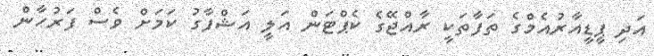
އަދި ޕީޑީއާރުއެމްގެ ތަފާތަކީ ރާއްޖޭގެ ކެޕްޓަން އަލީ އަޝްފާގު ކަމަށް ވެސް ފަރުހާން